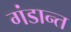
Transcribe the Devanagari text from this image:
गंडान्त